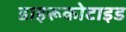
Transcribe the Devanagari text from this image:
डाइरूकोटाइड